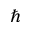
\hbar